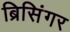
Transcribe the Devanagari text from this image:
ब्रिसिंगर